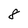
Character: 8